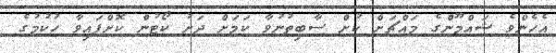
އެހެންވެ ޝައްމޫންގެ މައްޗަށް ކުށް ސާބިތުނުވާ ކަމަށް ދަށު ކޯޓުން ކޮށްފައިވާ ހުކުމުގެ